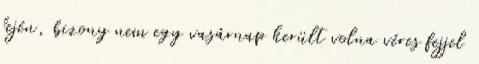
fején, bizony nem egy vasárnap került volna véres fejjel